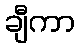
ချီကာ